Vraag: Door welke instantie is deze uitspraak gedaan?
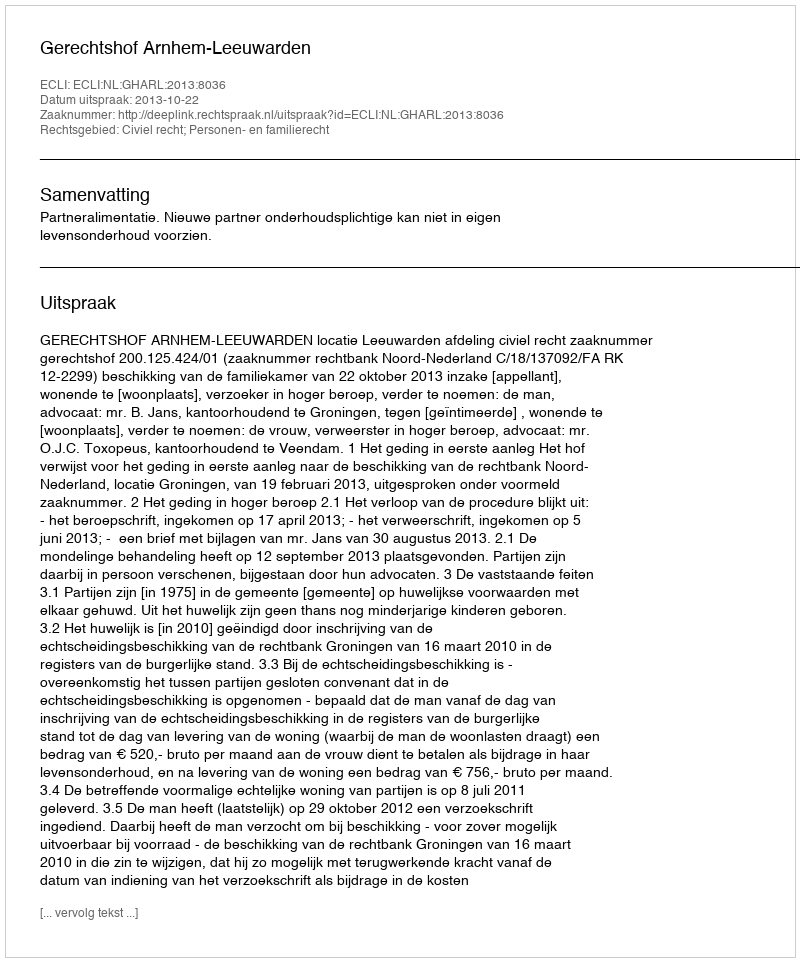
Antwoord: Gerechtshof Arnhem-Leeuwarden